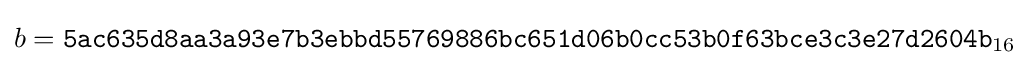
b={\mathtt {5ac635d8aa3a93e7b3ebbd55769886bc651d06b0cc53b0f63bce3c3e27d2604b}}_{16}